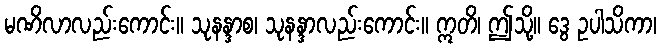
မဏိလာလည်းကောင်း။ သုနန္ဒာစ၊ သုနန္ဒာလည်းကောင်း။ ဣတိ၊ ဤသို့။ ဒွေ ဥပါသိကာ၊